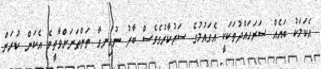
އެކަމަކު ބައެއް ސަރަހައްދުތަކަކީ އެގައުމުގެ ސަރުކާރުގެވެސް ބާރު ނުހިނގާ ތަންތަނަށްވާތީވެ އެކަން ކުރަން